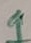
Text: 1